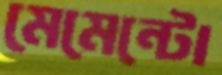
মেমেন্টো